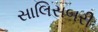
સાલિસબરી